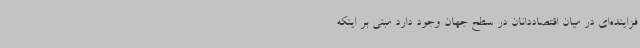
فزاینده‌ای در میان اقتصاددانان در سطح جهان وجود دارد مبنی بر اینکه